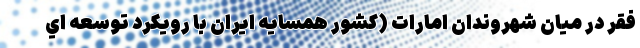
فقر در میان شهروندان امارات (كشور همسايه ايران با رويكرد توسعه اي